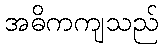
အဓိကကျသည်